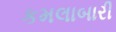
કમલાબારી